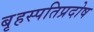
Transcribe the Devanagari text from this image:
बृहस्पतिप्रदोष